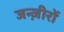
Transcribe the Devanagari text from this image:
जन्ज़ीरों